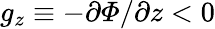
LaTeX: g_{z}\equiv-\partial\varPhi/\partial z<0